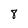
Character: 8